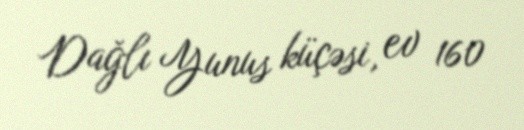
Dağlı Yunus küçəsi, ev 160